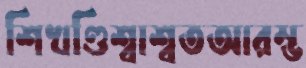
শিখণ্ডিশ্বাশ্বতআরম্ভ